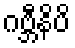
ဂဗ္ဘီနိပိ